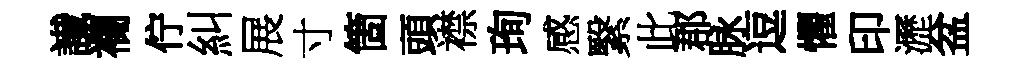
䜟襴佇糾展寸箇頭襟珣感繄此郡脉逗懼印瀝盆